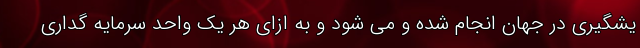
یشگیری در جهان انجام شده و می شود و به ازای هر یک واحد سرمایه گداری